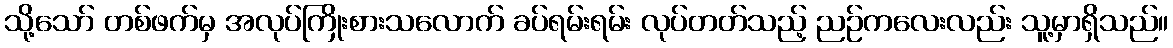
သို့သော် တစ်ဖက်မှ အလုပ်ကြိုးစားသလောက် ခပ်ရမ်းရမ်း လုပ်တတ်သည့် ညဉ်ကလေးလည်း သူ့မှာရှိသည်။